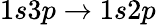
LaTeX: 1s3p\to 1s2p